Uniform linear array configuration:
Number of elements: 4
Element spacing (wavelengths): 1
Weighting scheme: exponential
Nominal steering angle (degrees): -60
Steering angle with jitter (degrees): -58.544
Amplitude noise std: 0.05
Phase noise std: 0.05

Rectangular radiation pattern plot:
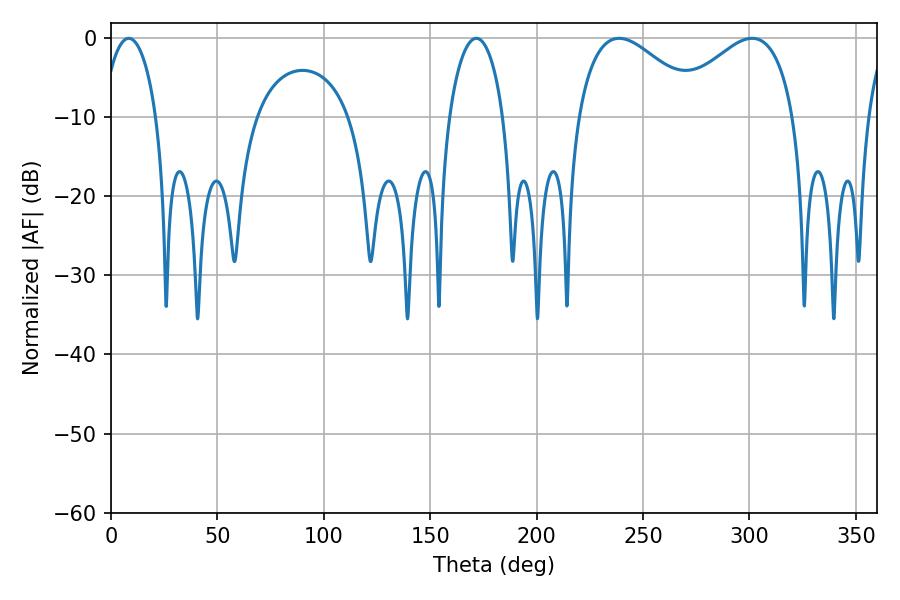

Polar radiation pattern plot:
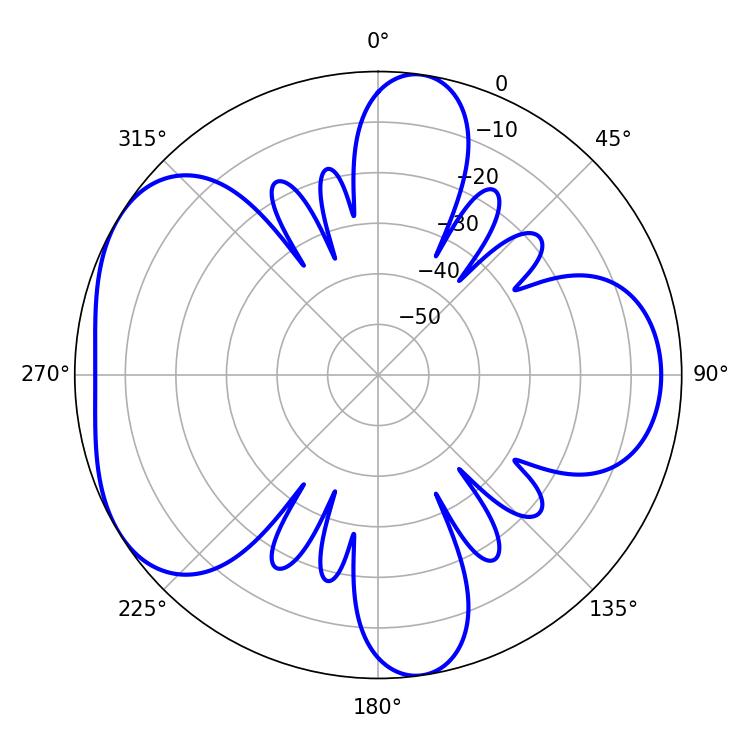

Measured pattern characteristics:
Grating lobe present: TRUE
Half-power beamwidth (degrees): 31.86
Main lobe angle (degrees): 238.68